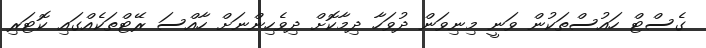
ގެސްޓް ހައުސްތަކުން ވަނީ މިނިވަން ދުވަހާ ދިމާކޮށް ދިވެހިންނަށް ހާއްސަ ރޭޓްތަކެއްގައި ކޮޓަރި